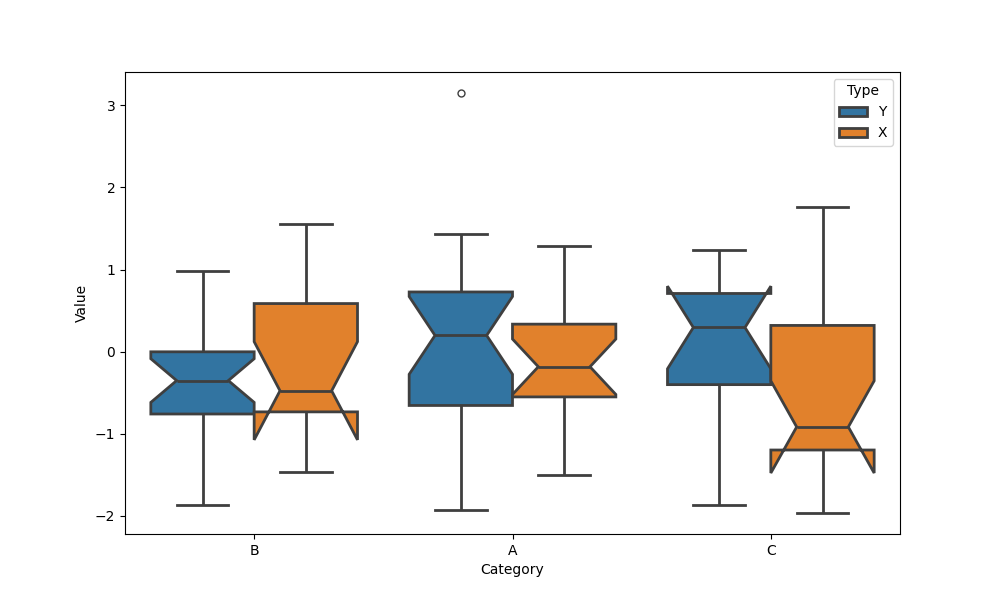
python, seaborn, boxplot, width=0.8, linewidth=2, fliersize=5, notch=True